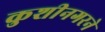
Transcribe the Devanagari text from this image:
कुशीनगरने